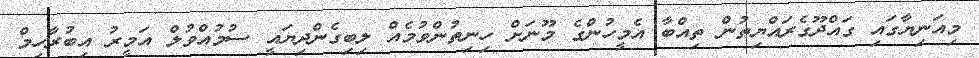
މިއަނިޔާގައި ގައްދޫގެރައްޔިތުން ތިއްބާ އެމީހުންގެ މޫނަށް ހިނިތުންވުމެއް ލިބިގެންދިޔައީ ސުމުއްވުލް އަމީރު އިބުރާހިމް